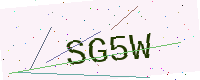
Text: SG5W